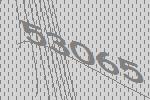
53065